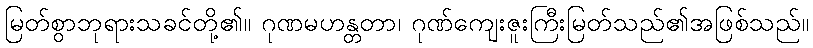
မြတ်စွာဘုရားသခင်တို့၏။ ဂုဏမဟန္တတာ၊ ဂုဏ်ကျေးဇူးကြီးမြတ်သည်၏အဖြစ်သည်။